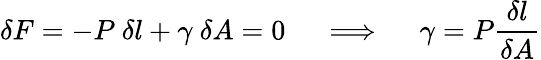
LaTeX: \delta F=-P~\delta l+\gamma~\delta A=0\quad\implies\quad\gamma=P{\frac{\delta l}{\delta A}}